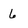
Character: 6